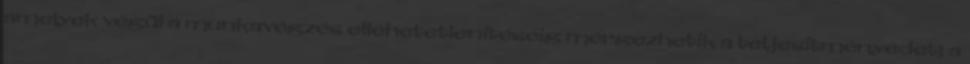
amelyek végül a munkavégzés ellehetetlenítéséig mérgezhetik a teljesítményedet; a